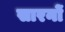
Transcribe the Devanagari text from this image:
सारनों